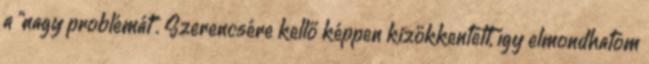
a "nagy problémát". Szerencsére kellő képpen kizökkentett, így elmondhatom